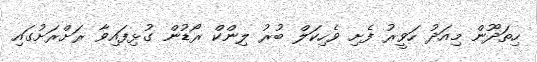
ހިތަދޫން މިއަދު ހަވީރު ފެށި ވެހިކަލް ބުރު ލިންކް ރޯޑުން ގުޅިފައިވާ ރަށްރަށުގައި